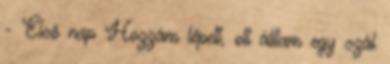
- Első nap Hozzám lépett, ott álltam egy szál